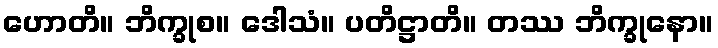
ဟောတိ။ ဘိက္ခုစ။ ဒေါသံ။ ပတိဋ္ဌာတိ။ တဿ ဘိက္ခုနော။